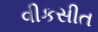
વીકસીત